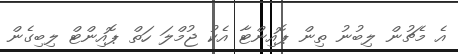
އެ މެޗުން ލިބުނު ތިން ޕޮއިންޓާ އެކު ޖުމްލަ ހަތް ޕޮއިންޓް ލިބިގެން